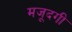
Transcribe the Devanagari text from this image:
मजूदगी